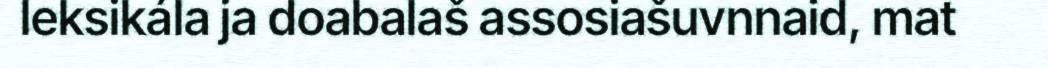
leksikála ja doabalaš assosiašuvnnaid, mat